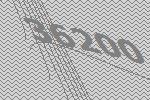
36200